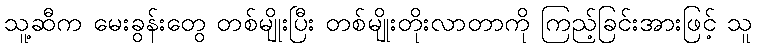
သူ့ဆီက မေးခွန်းတွေ တစ်မျိုးပြီး တစ်မျိုးတိုးလာတာကို ကြည့်ခြင်းအားဖြင့် သူ